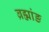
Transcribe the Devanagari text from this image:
ब्रह्मांङ